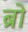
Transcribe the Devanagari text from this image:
ब्राे